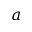
a